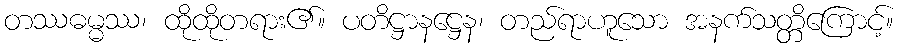
တဿဓမ္မဿ၊ ထိုထိုတရား၏။ ပတိဋ္ဌာနဋ္ဌေန၊ တည်ရာဟူသော အနက်သတ္တိကြောင့်။